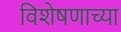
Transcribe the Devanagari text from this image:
विशेषणाच्या